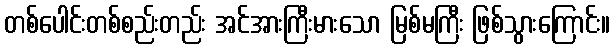
တစ်ပေါင်းတစ်စည်းတည်း အင်အားကြီးမားသော မြစ်မကြီး ဖြစ်သွားကြောင်း။